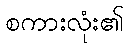
စကားလုံး၏